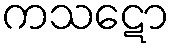
ကသဋော